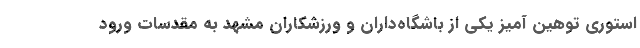
استوری توهین آمیز یکی از باشگاه‌داران و ورزشکاران مشهد به مقدسات ورود